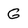
Character: G